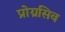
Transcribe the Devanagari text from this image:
प्रोग्रसिव